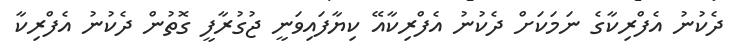
ދެކުނު އެފްރިކާގެ ނަމަކަށް ދެކުނު އެފްރިކާއޭ ކިޔާފައިވަނީ ޖުގުރާފީ ގޮތުން ދެކުނު އެފްރިކާ